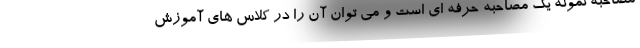
مصاحبه نمونه یک مصاحبه حرفه ای است و می توان آن را در کلاس های آموزش